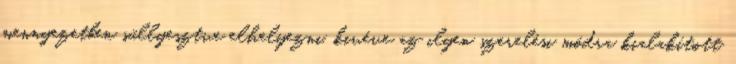
mennyezetben süllyesztve elhelyezni, kivéve az ilyen szerelési módra kialakított